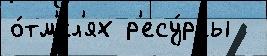
о́тм'ел'ях р'есу́рсы